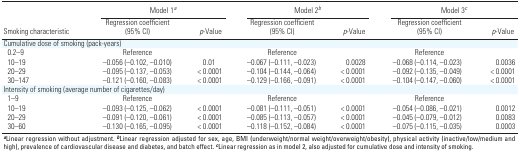
<table><thead><tr><td rowspan="2"><b>Smoking characteristic</b></td><td colspan="2"><b>Model 1<sup><i>a</i></sup></b></td><td colspan="2"><b>Model 2<sup><i>b</i></sup></b></td><td colspan="2"><b>Model 3<sup><i>c</i></sup></b></td></tr><tr><td><b>Regression coefficient (95% CI)</b></td><td><b><i>p</i>‐Value</b></td><td><b>Regression coefficient (95% CI)</b></td><td><b><i>p</i>‐Value</b></td><td><b>Regression coefficient (95% CI)</b></td><td><b><i>p</i>‐Value</b></td></tr></thead><tbody><tr><td><b>Cumulative dose of smoking (pack-years)</b></td></tr><tr><td><b>0.2–9</b></td><td>Reference</td><td></td><td>Reference</td><td></td><td>Reference</td></tr><tr><td><b>10–19</b></td><td>–0.056 (–0.102, –0.010)</td><td>0.01</td><td>–0.067 (–0.111, –0.023)</td><td>0.0028</td><td>–0.068 (–0.114, –0.023)</td><td>0.0036</td></tr><tr><td><b>20–29</b></td><td>–0.095 (–0.137, –0.053)</td><td>&lt; 0.0001</td><td>–0.104 (–0.144, –0.064)</td><td>&lt; 0.0001</td><td>–0.092 (–0.135, –0.049)</td><td>&lt; 0.0001</td></tr><tr><td><b>30–147</b></td><td>–0.121 (–0.160, –0.083)</td><td>&lt; 0.0001</td><td>–0.129 (–0.166, –0.091)</td><td>&lt; 0.0001</td><td>–0.104 (–0.147, –0.060)</td><td>&lt; 0.0001</td></tr><tr><td><b>Intensity of smoking (average number of cigarettes/day)</b></td></tr><tr><td><b>1–9</b></td><td>Reference</td><td></td><td>Reference</td><td></td><td>Reference</td></tr><tr><td><b>10–19</b></td><td>–0.093 (–0.125, –0.062)</td><td>&lt; 0.0001</td><td>–0.081 (–0.111, –0.051)</td><td>&lt; 0.0001</td><td>–0.054 (–0.086, –0.021)</td><td>0.0012</td></tr><tr><td><b>20–29</b></td><td>–0.091 (–0.120, –0.061)</td><td>&lt; 0.0001</td><td>–0.085 (–0.113, –0.057)</td><td>&lt; 0.0001</td><td>–0.045 (–0.079, –0.012)</td><td>0.0083</td></tr><tr><td><b>30–60</b></td><td>–0.130 (–0.165, –0.095)</td><td>&lt; 0.0001</td><td>–0.118 (–0.152, –0.084)</td><td>&lt; 0.0001</td><td>–0.075 (–0.115, –0.035)</td><td>0.0003</td></tr><tr><td colspan="7"><sup><i><b>a</b></i></sup>Linear regression without adjustment. <sup><i><b>b</b></i></sup>Linear regression adjusted for sex, age, BMI (underweight/normal weight/overweight/obesity), physical activity (inactive/low/medium and high), prevalence of cardiovascular disease and diabetes, and batch effect. <sup><i><b>c</b></i></sup>Linear regression as in model 2, also adjusted for cumulative dose and intensity of smoking.</td></tr></tbody></table>